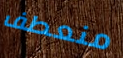
منعطف